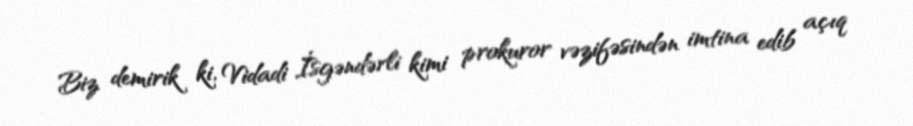
Biz demirik ki, Vidadi İsgəndərli kimi prokuror vəzifəsindən imtina edib açıq